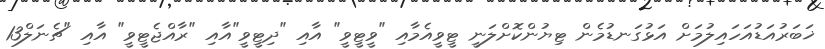
ޚަބަރުއަޑުއަހައިލުމަށް އަޅުގަނޑުމެން ޓިޔުންކޮށްލަނީ ޓީވީއެމާއި "ވީޓީވީ" އާއި "ދިޓީވީ"އާއި "ރާއްޖެޓީވީ" އާއި "ޗެނަލް13